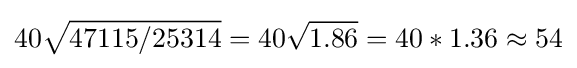
40{\sqrt {47115/25314}}=40{\sqrt {1.86}}=40*1.36\approx 54